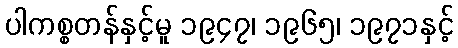
ပါကစ္စတန်နှင့်မူ ၁၉၄၇၊ ၁၉၆၅၊ ၁၉၇၁နှင့်